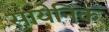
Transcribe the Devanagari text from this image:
सायेनिक